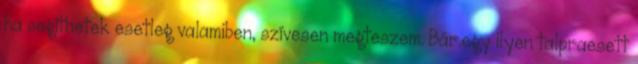
ha segíthetek esetleg valamiben, szívesen megteszem. Bár.egy ilyen talpraesett